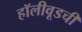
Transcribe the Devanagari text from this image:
हॉलीवूडची